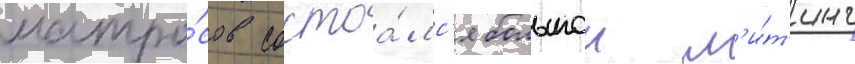
матро́сов состоа́лс'я большои м'и́т'инг